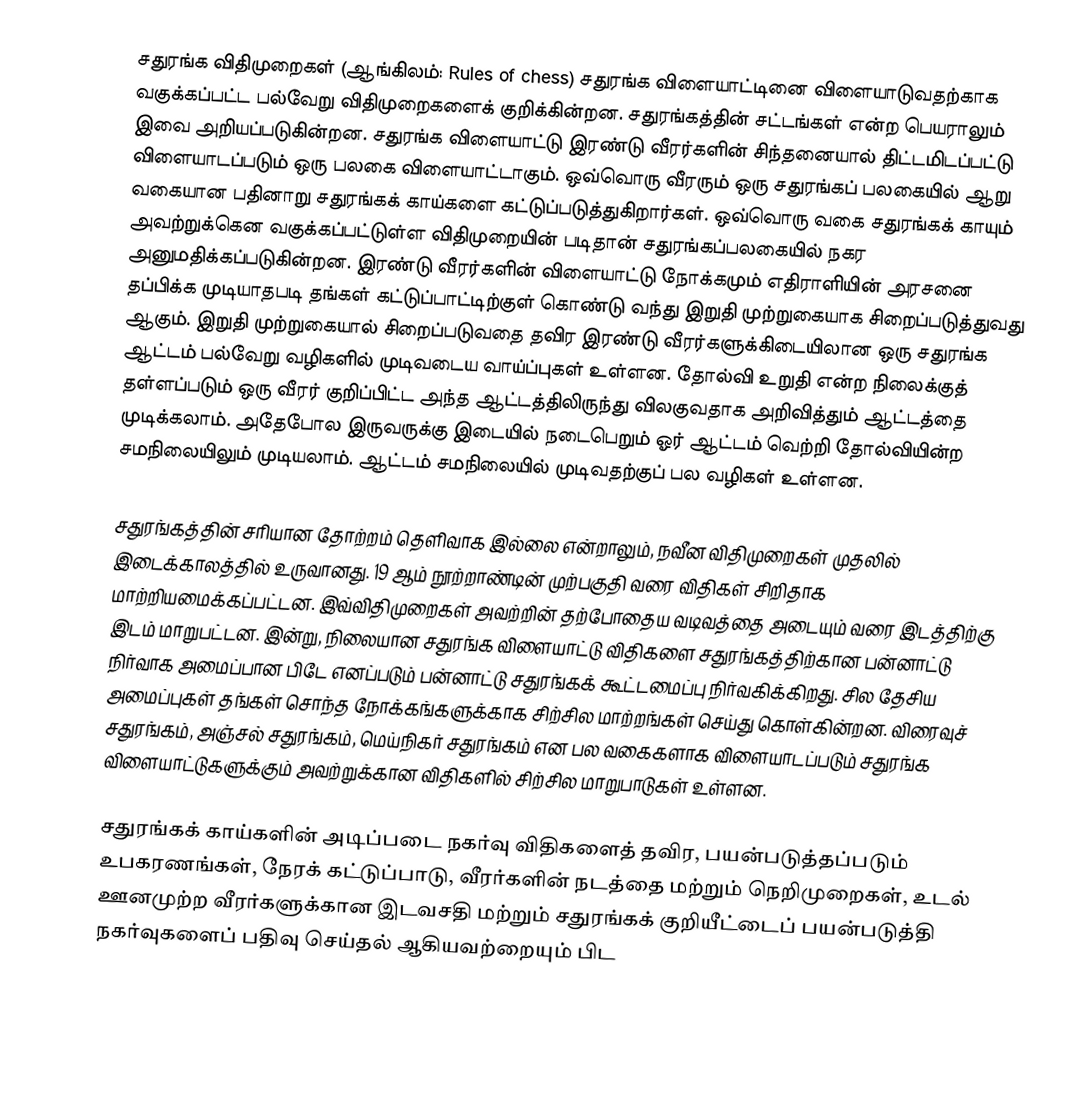
சதுரங்க விதிமுறைகள் (ஆங்கிலம்: Rules of chess) சதுரங்க விளையாட்டினை விளையாடுவதற்காக வகுக்கப்பட்ட பல்வேறு விதிமுறைகளைக் குறிக்கின்றன. சதுரங்கத்தின் சட்டங்கள் என்ற பெயராலும் இவை அறியப்படுகின்றன. சதுரங்க விளையாட்டு இரண்டு வீரர்களின் சிந்தனையால் திட்டமிடப்பட்டு விளையாடப்படும் ஒரு பலகை விளையாட்டாகும். ஒவ்வொரு வீரரும் ஒரு சதுரங்கப் பலகையில் ஆறு வகையான பதினாறு சதுரங்கக் காய்களை கட்டுப்படுத்துகிறார்கள். ஒவ்வொரு வகை சதுரங்கக் காயும் அவற்றுக்கென வகுக்கப்பட்டுள்ள விதிமுறையின் படிதான் சதுரங்கப்பலகையில் நகர அனுமதிக்கப்படுகின்றன. இரண்டு வீரர்களின் விளையாட்டு நோக்கமும் எதிராளியின் அரசனை தப்பிக்க முடியாதபடி தங்கள் கட்டுப்பாட்டிற்குள் கொண்டு வந்து இறுதி முற்றுகையாக சிறைப்படுத்துவது  ஆகும். இறுதி முற்றுகையால் சிறைப்படுவதை தவிர இரண்டு வீரர்களுக்கிடையிலான ஒரு சதுரங்க ஆட்டம் பல்வேறு வழிகளில் முடிவடைய வாய்ப்புகள் உள்ளன. தோல்வி உறுதி என்ற நிலைக்குத் தள்ளப்படும் ஒரு வீரர் குறிப்பிட்ட அந்த ஆட்டத்திலிருந்து விலகுவதாக அறிவித்தும் ஆட்டத்தை முடிக்கலாம். அதேபோல இருவருக்கு இடையில் நடைபெறும் ஓர் ஆட்டம் வெற்றி தோல்வியின்ற சமநிலையிலும் முடியலாம். ஆட்டம் சமநிலையில்  முடிவதற்குப் பல வழிகள் உள்ளன.

சதுரங்கத்தின் சரியான தோற்றம் தெளிவாக இல்லை என்றாலும், நவீன விதிமுறைகள் முதலில் இடைக்காலத்தில் உருவானது. 19 ஆம் நூற்றாண்டின் முற்பகுதி வரை விதிகள் சிறிதாக மாற்றியமைக்கப்பட்டன. இவ்விதிமுறைகள்  அவற்றின் தற்போதைய வடிவத்தை அடையும் வரை இடத்திற்கு இடம் மாறுபட்டன. இன்று, நிலையான சதுரங்க விளையாட்டு விதிகளை சதுரங்கத்திற்கான பன்னாட்டு நிர்வாக அமைப்பான பிடே எனப்படும் பன்னாட்டு சதுரங்கக் கூட்டமைப்பு நிர்வகிக்கிறது. சில தேசிய அமைப்புகள் தங்கள் சொந்த நோக்கங்களுக்காக சிற்சில மாற்றங்கள் செய்து கொள்கின்றன. விரைவுச் சதுரங்கம், அஞ்சல் சதுரங்கம், மெய்நிகர் சதுரங்கம் என பல வகைகளாக விளையாடப்படும் சதுரங்க விளையாட்டுகளுக்கும் அவற்றுக்கான விதிகளில் சிற்சில மாறுபாடுகள் உள்ளன.

சதுரங்கக் காய்களின் அடிப்படை நகர்வு விதிகளைத் தவிர, பயன்படுத்தப்படும் உபகரணங்கள், நேரக் கட்டுப்பாடு, வீரர்களின் நடத்தை மற்றும் நெறிமுறைகள், உடல் ஊனமுற்ற வீரர்களுக்கான இடவசதி மற்றும் சதுரங்கக்  குறியீட்டைப் பயன்படுத்தி நகர்வுகளைப் பதிவு செய்தல் ஆகியவற்றையும் பிட